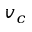
v _ { c }